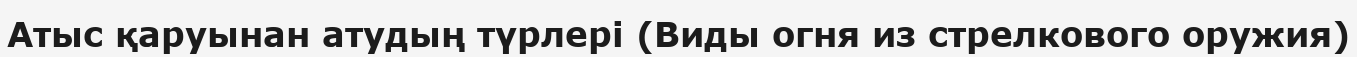
Атыс қаруынан атудың түрлері (Виды огня из стрелкового оружия)